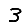
Digit: 3